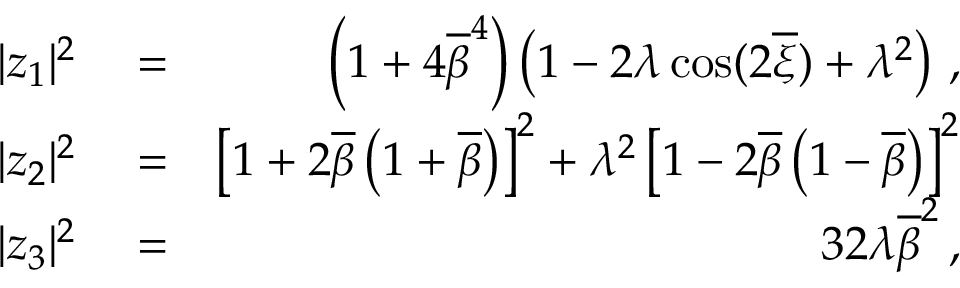
\begin{array} { r l r } { | z _ { 1 } | ^ { 2 } } & { { } = } & { \left( 1 + 4 \overline { { \beta } } ^ { 4 } \right) \left( 1 - 2 \lambda \cos ( 2 \overline { { \xi } } ) + \lambda ^ { 2 } \right) \, , } \\ { | z _ { 2 } | ^ { 2 } } & { { } = } & { \left[ 1 + 2 \overline { { \beta } } \left( 1 + \overline { { \beta } } \right) \right] ^ { 2 } + \lambda ^ { 2 } \left[ 1 - 2 \overline { { \beta } } \left( 1 - \overline { { \beta } } \right) \right] ^ { 2 } } \\ { | z _ { 3 } | ^ { 2 } } & { { } = } & { 3 2 \lambda \overline { { \beta } } ^ { 2 } \, , } \end{array}